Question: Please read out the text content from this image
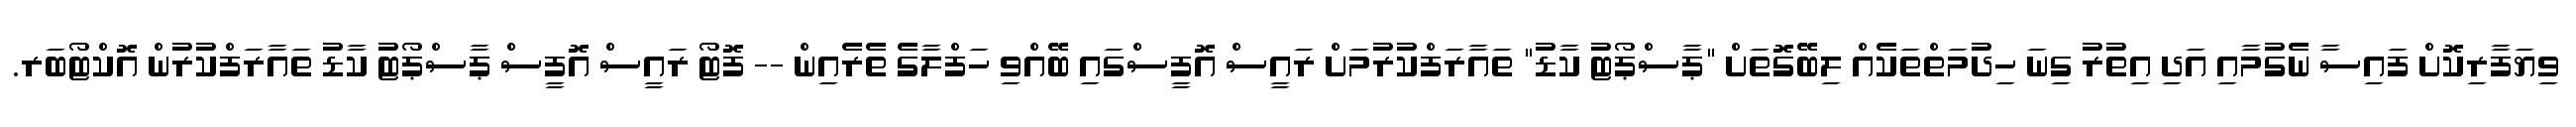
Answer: ވިޔަފާރިކޮށް ފައިސާ ނެގުމާއި އަދި އިތުރު ގިނަ ހިދުމަތްތަކެއް ލިބޭގޮތަށް "ޕާސްޕޯޓު ކާޑު" ތައާރަފްކުރުމަށް ރައީސް އޮފީސްގައި ބޭއްވި ހަފްލާގެ ތެރެއިން -- ފޮޓޯ ރައީސް އޮފީސް ޕާސްޕޯޓު ކާޑު ތައާރަފްކުރުން އޮކްޓޯބަރ.